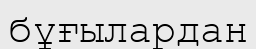
бұғылардан